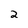
Character: 2